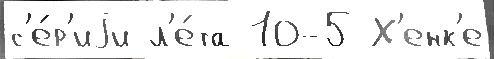
с'е́р'иjи л'е́та 10-5 Х'енк'е